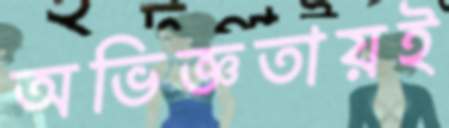
অভিজ্ঞতায়ই